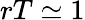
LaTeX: rT\simeq 1